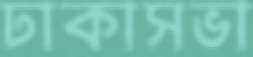
ঢাকাসভা